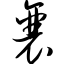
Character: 襄